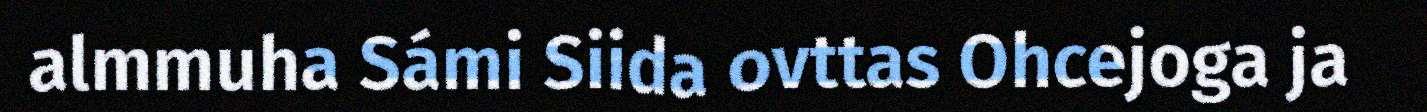
almmuha Sámi Siida ovttas Ohcejoga ja